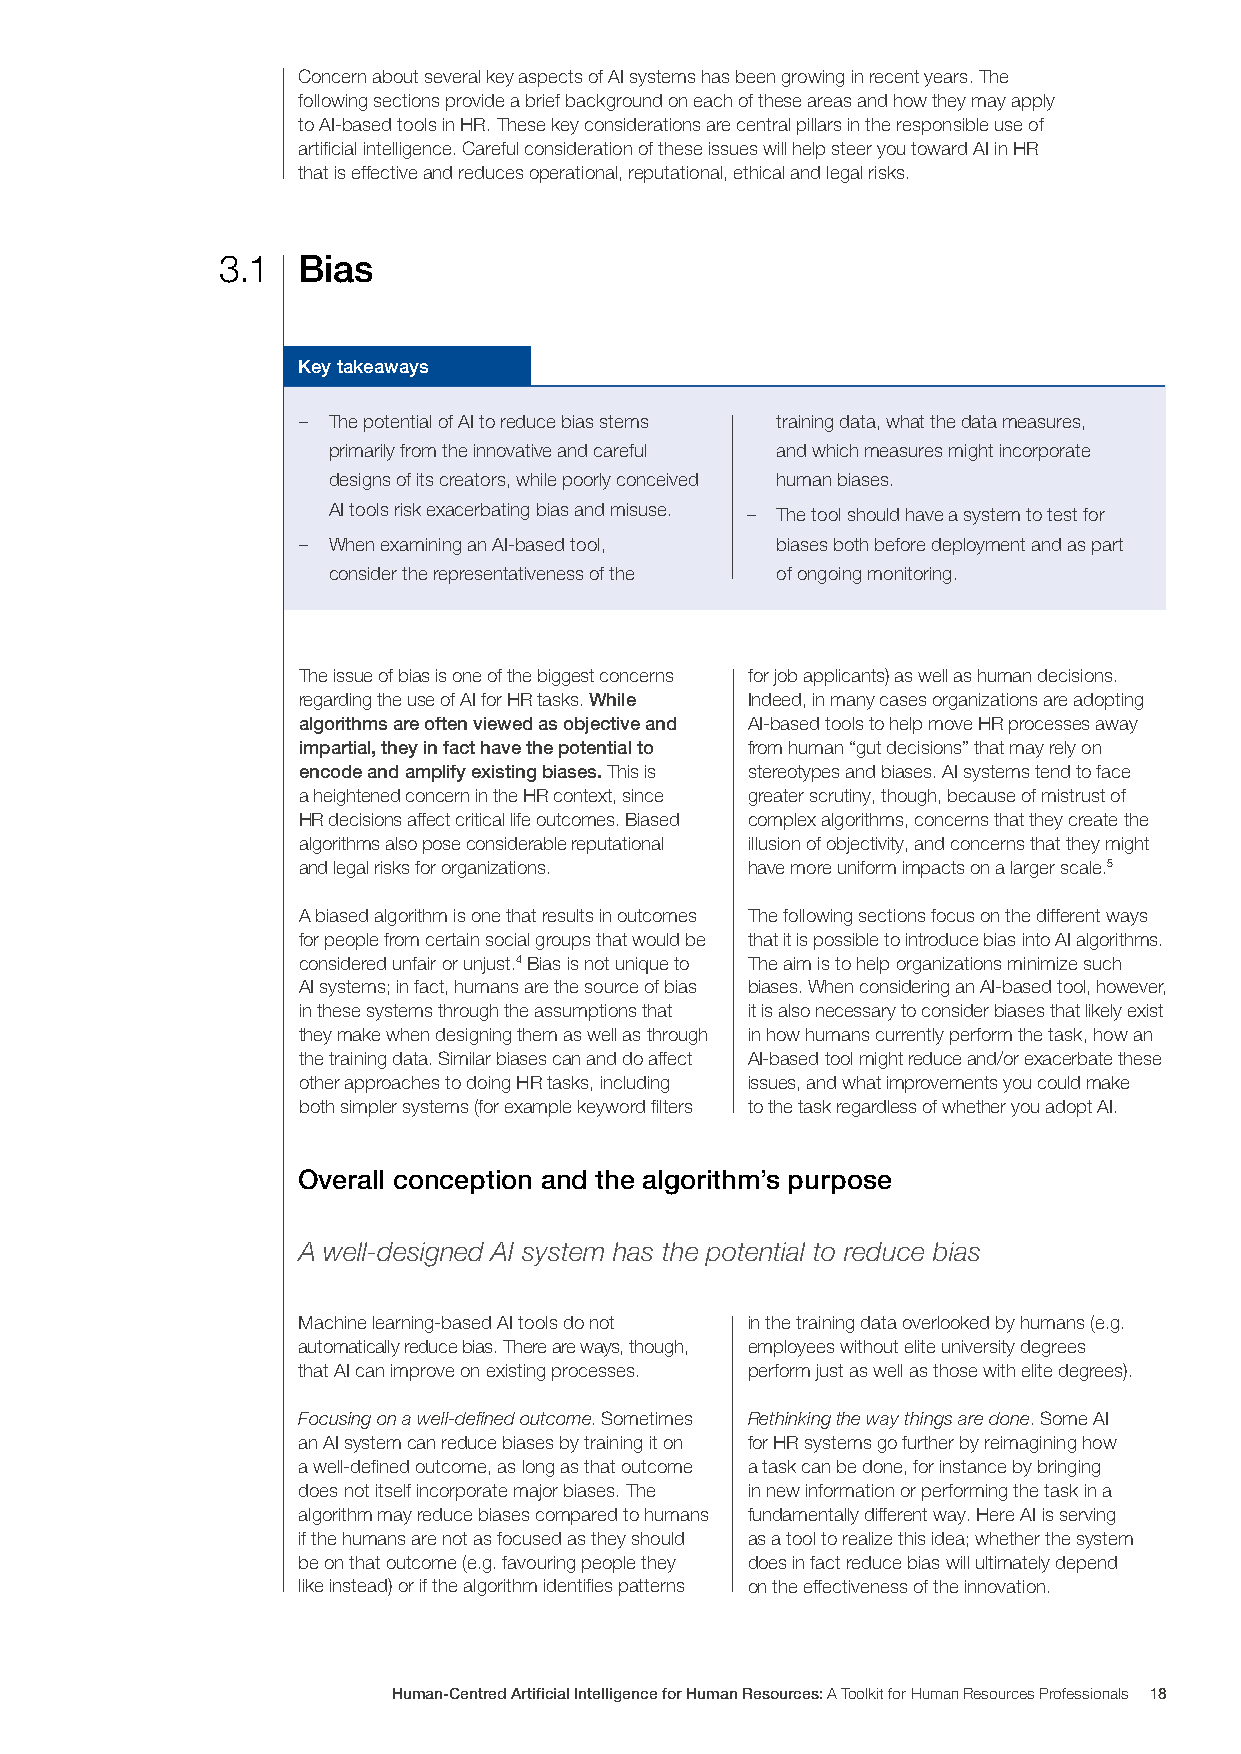
Concern about several key aspects of AI systems has been growing in recent years. The
 following sections provide a brief background on each of these areas and how they may apply
 to AI-based tools in HR. These key considerations are central pillars in the responsible use of
 artificial intelligence. Careful consideration of these issues will help steer you toward AI in HR
 that is effective and reduces operational, reputational, ethical and legal risks.
 3.1  Bias
 Key takeaways
 – The potential of AI to reduce bias stems training data, what the data measures,
 primarily from the innovative and careful and which measures might incorporate
 designs of its creators, while poorly conceived human biases.
 AI tools risk exacerbating bias and misuse. – The tool should have a system to test for
 – When examining an AI-based tool, biases both before deployment and as part
 consider the representativeness of the of ongoing monitoring.
 The issue of bias is one of the biggest concerns for job applicants) as well as human decisions.
 regarding the use of AI for HR tasks. While Indeed, in many cases organizations are adopting
 algorithms are often viewed as objective and AI-based tools to help move HR processes away
 impartial, they in fact have the potential to from human “gut decisions” that may rely on
 encode and amplify existing biases. This is stereotypes and biases. AI systems tend to face
 a heightened concern in the HR context, since greater scrutiny, though, because of mistrust of
 HR decisions affect critical life outcomes. Biased complex algorithms, concerns that they create the
 algorithms also pose considerable reputational illusion of objectivity, and concerns that they might
 and legal risks for organizations. have more uniform impacts on a larger scale.5
 A biased algorithm is one that results in outcomes The following sections focus on the different ways
 for people from certain social groups that would be that it is possible to introduce bias into AI algorithms.
 considered unfair or unjust.4 Bias is not unique to The aim is to help organizations minimize such
 AI systems; in fact, humans are the source of bias biases. When considering an AI-based tool, however,
 in these systems through the assumptions that it is also necessary to consider biases that likely exist
 they make when designing them as well as through in how humans currently perform the task, how an
 the training data. Similar biases can and do affect AI-based tool might reduce and/or exacerbate these
 other approaches to doing HR tasks, including issues, and what improvements you could make
 both simpler systems (for example keyword filters to the task regardless of whether you adopt AI.
 Overall conception and the algorithm’s purpose
 A well-designed AI system has the potential to reduce bias
 Machine learning-based AI tools do not in the training data overlooked by humans (e.g.
 automatically reduce bias. There are ways, though, employees without elite university degrees
 that AI can improve on existing processes. perform just as well as those with elite degrees).
 Focusing on a well-defined outcome. Sometimes Rethinking the way things are done. Some AI
 an AI system can reduce biases by training it on for HR systems go further by reimagining how
 a well-defined outcome, as long as that outcome a task can be done, for instance by bringing
 does not itself incorporate major biases. The in new information or performing the task in a
 algorithm may reduce biases compared to humans fundamentally different way. Here AI is serving
 if the humans are not as focused as they should as a tool to realize this idea; whether the system
 be on that outcome (e.g. favouring people they does in fact reduce bias will ultimately depend
 like instead) or if the algorithm identifies patterns on the effectiveness of the innovation.
 Human-Centred Artificial Intelligence for Human Resources: A Toolkit for Human Resources Professionals 18